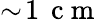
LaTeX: \sim\! 1\, \mathrm{~c~m~}